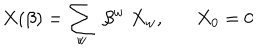
LaTeX: X ( \beta ) = \sum _ { w } \; \beta ^ { w } \; X _ { w } , X _ { 0 } = 0